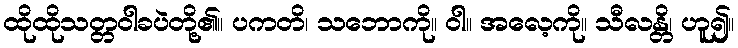
ထိုထိုသတ္တဝါခပဲတို့၏။ ပကတိ၊ သဘောကို။ ဝါ။ အလေ့ကို။ သီလန္တိ၊ ဟူ၍။